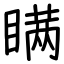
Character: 瞒